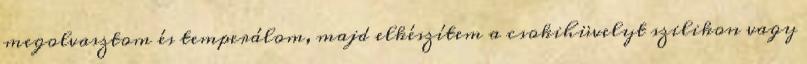
megolvasztom és temperálom, majd elkészítem a csokihüvelyt szilikon vagy